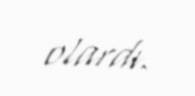
olardı.